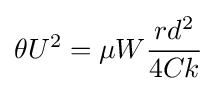
\theta U^{2}=\mu W{\frac {rd^{2}}{4Ck}}